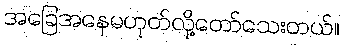
အခြေအနေမဟုတ်လို့တော်သေးတယ်။